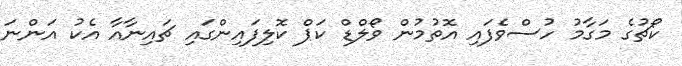
ކޯޗުގެ މަގާމު ހުސްވެފައި އޮތުމުން ވޯލްޑް ކަޕް ކޮލިފައިންގައި ޗައިނާއާ އެކު އަންނަ